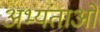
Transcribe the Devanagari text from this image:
अभ्यंताओं